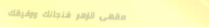
مقهى الزهر فنجانك ورفيقك